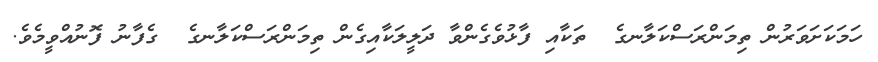
ހަމަކަށަވަރުން ތިމަންރަސްކަލާނގެ  ތަކާއި ފާޅުވެގެންވާ ދަލީލަކާއިގެން ތިމަންރަސްކަލާނގެ  ގެފާނު ފޮނުއްވީމެވެ.